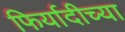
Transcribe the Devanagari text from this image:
फिर्यादीच्या